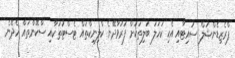
ޕްރެޒިޑެންޝަލް ސުއިޓާއި އެކި ކަހަލަ ބަލިތަކަށް ފަރުވާދޭނެ ކްލިނިކްތައް ޓެސްޓުތަކާއި ސްކޭންތައް ހެދޭނެ